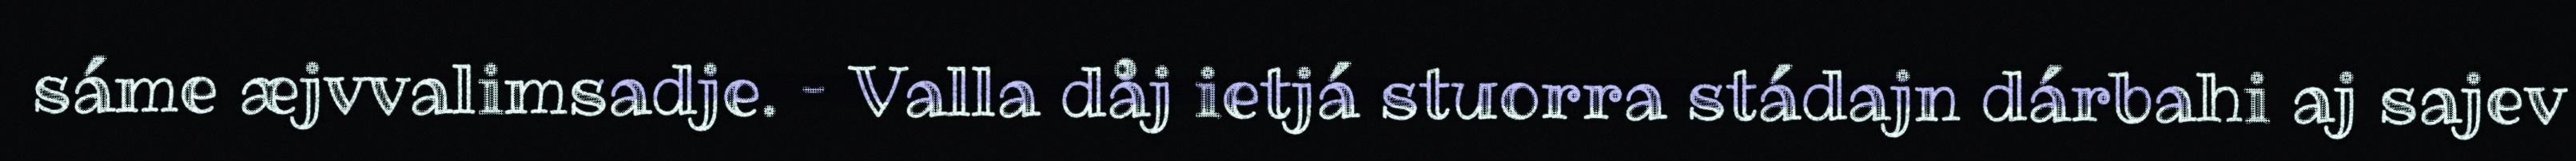
sáme æjvvalimsadje. – Valla dåj ietjá stuorra stádajn dárbahi aj sajev